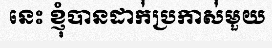
នេះ ខ្ញុំបានដាក់់ប្រកាស់់មួយ